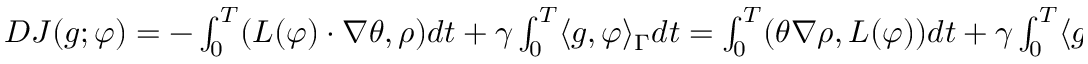
\begin{array} { r } { D J ( g ; \varphi ) = - \int _ { 0 } ^ { T } ( L ( \varphi ) \cdot \nabla \theta , \rho ) d t + \gamma \int _ { 0 } ^ { T } \langle g , \varphi \rangle _ { \Gamma } d t = \int _ { 0 } ^ { T } ( \theta \nabla \rho , L ( \varphi ) ) d t + \gamma \int _ { 0 } ^ { T } \langle g , \varphi \rangle _ { \Gamma } d t . } \end{array}